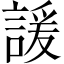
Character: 諼